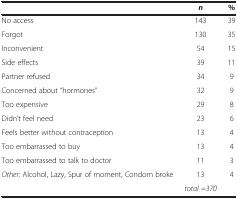
<table><thead><tr><td><b> </b></td><td><b><i>n</i></b></td><td><b>%</b></td></tr></thead><tbody><tr><td>No access</td><td>143</td><td>39</td></tr><tr><td>Forgot</td><td>130</td><td>35</td></tr><tr><td>Inconvenient</td><td>54</td><td>15</td></tr><tr><td>Side effects</td><td>39</td><td>11</td></tr><tr><td>Partner refused</td><td>34</td><td>9</td></tr><tr><td>Concerned about “hormones”</td><td>32</td><td>9</td></tr><tr><td>Too expensive</td><td>29</td><td>8</td></tr><tr><td>Didn’t feel need</td><td>23</td><td>6</td></tr><tr><td>Feels better without contraception</td><td>13</td><td>4</td></tr><tr><td>Too embarrassed to buy</td><td>13</td><td>4</td></tr><tr><td>Too embarrassed to talk to doctor</td><td>11</td><td>3</td></tr><tr><td><i>Other:</i> Alcohol, Lazy, Spur of moment, Condom broke</td><td>13</td><td>4</td></tr><tr><td> </td><td><i>total =370</i></td><td> </td></tr></tbody></table>